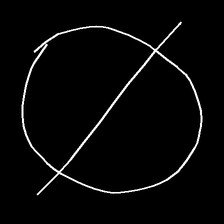
Glyph: orb